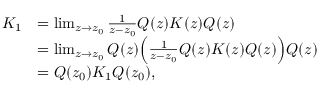
\begin{array} { r l } { K _ { 1 } } & { = \operatorname* { l i m } _ { z \rightarrow z _ { 0 } } \frac { 1 } { z - z _ { 0 } } Q ( z ) K ( z ) Q ( z ) } \\ & { = \operatorname* { l i m } _ { z \rightarrow z _ { 0 } } Q ( z ) \Big ( \frac { 1 } { z - z _ { 0 } } Q ( z ) K ( z ) Q ( z ) \Big ) Q ( z ) } \\ & { = Q ( z _ { 0 } ) K _ { 1 } Q ( z _ { 0 } ) , } \end{array}